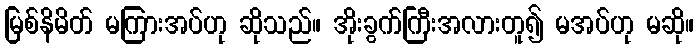
မြစ်နိမိတ် မကြားအပ်ဟု ဆိုသည်။ အိုးခွက်ကြီးအလားတူ၍ မအပ်ဟု မဆို။